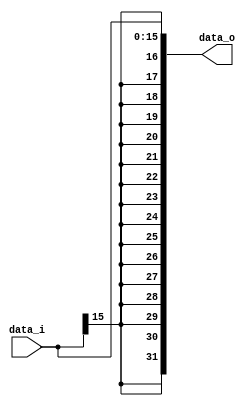
//Subject:     CO project 2 - Sign extend
//--------------------------------------------------------------------------------
//Version:     1
//--------------------------------------------------------------------------------
//Writer:       0516215 ???
//----------------------------------------------
//Date:        
//----------------------------------------------
//Description: 
//--------------------------------------------------------------------------------

module Sign_Extend(
    data_i,
    data_o
    );
               
	//I/O ports
	input   [16-1:0] data_i;
	output  [32-1:0] data_o;

	//Internal Signals
	reg     [32-1:0] data_o;

	//Sign extended
	always @(data_i)begin
    	data_o[15:0]  = data_i[15:0]; 
		data_o[31:16] = {16{data_i[15]}};
	end

endmodule